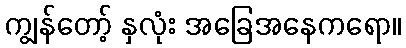
ကျွန်တော့် နှလုံး အခြေအနေကရော။